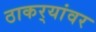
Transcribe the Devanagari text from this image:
ठाकर्‍यांवर